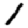
Digit: 1